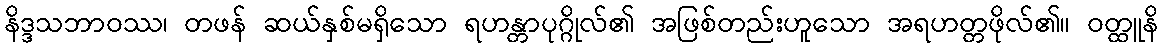
နိဒ္ဒသဘာဝဿ၊ တဖန် ဆယ်နှစ်မရှိသော ရဟန္တာပုဂ္ဂိုလ်၏ အဖြစ်တည်းဟူသော အရဟတ္တဖိုလ်၏။ ဝတ္ထူနိ